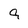
Character: 9